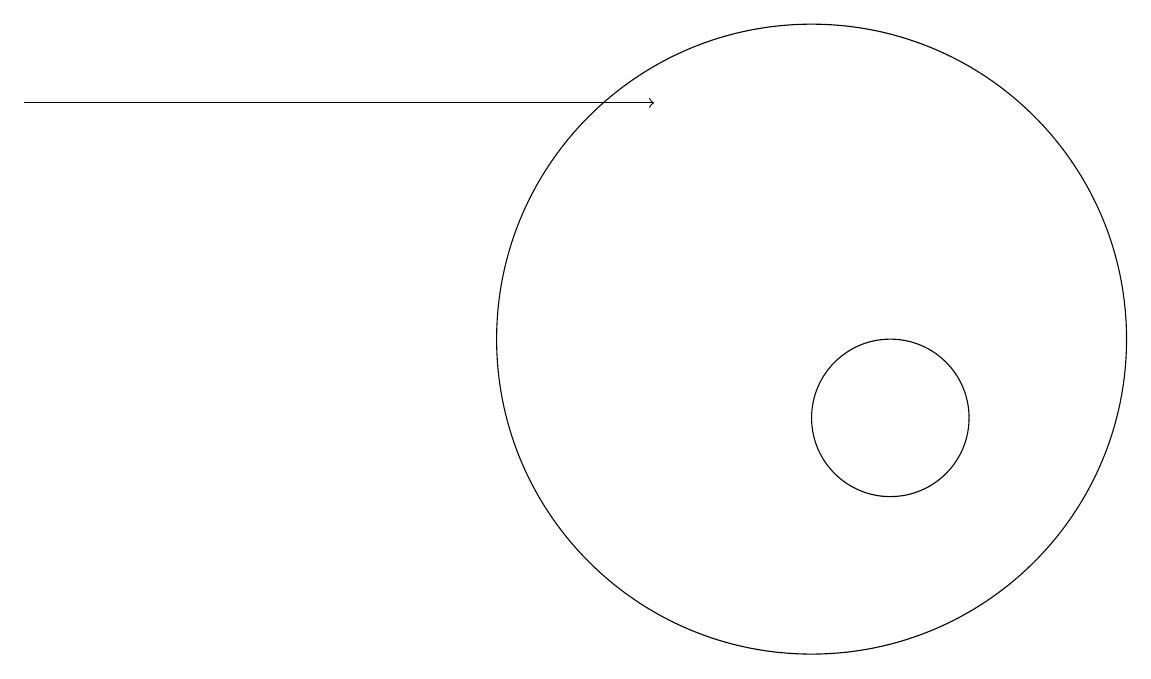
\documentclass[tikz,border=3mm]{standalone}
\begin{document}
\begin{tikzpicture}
\draw (11,10) circle (1);
\draw (10,11) circle (4);
\draw[->] (0,14) -- (8,14);
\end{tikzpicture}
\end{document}